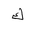
Letter: _kaf